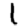
Digit: 1